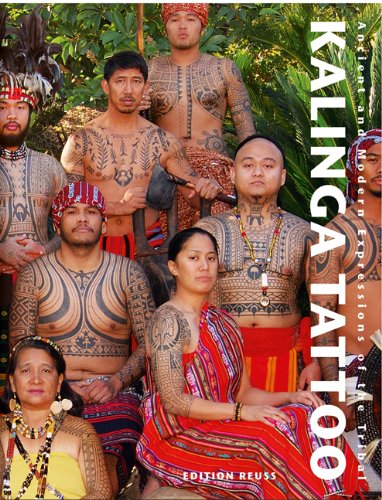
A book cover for Kalinga Tattoo: Ancient & Modern Expressions of the Tribal (German Edition) (Body Art Tattooing) (English and German Edition); Lars Krutak; Arts & Photography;